Report of the Bombay Veterinary College
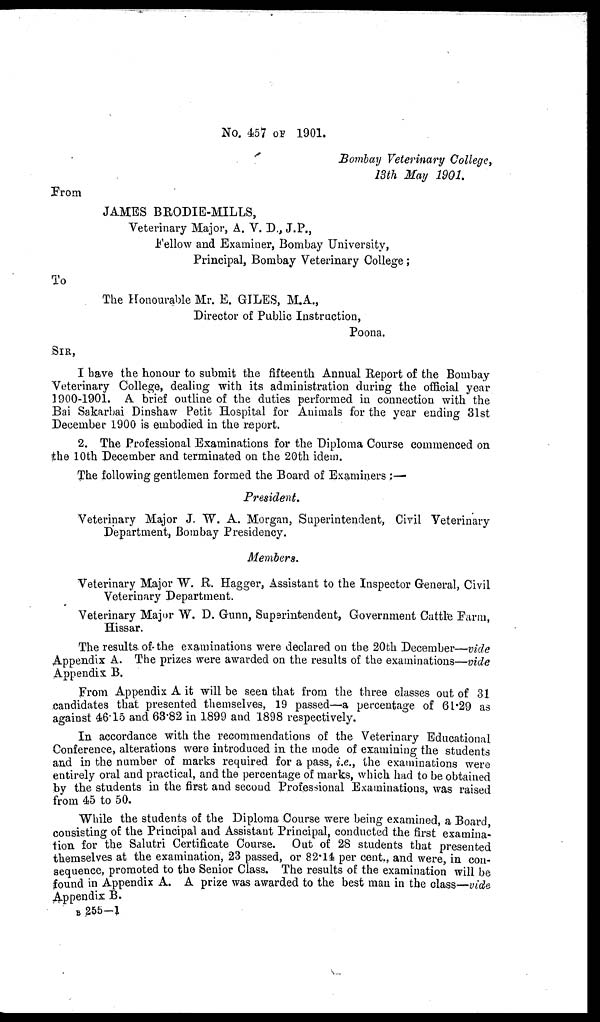
No. 457 OF 1901.
Bombay Veterinary College,
13th May 1901.
From
JAMES BRODIE-MILLS,
Veterinary Major, A. V. D., J.P.,
Fellow and Examiner, Bombay University,
Principal, Bombay Veterinary College;
To
The Honourable Mr. E. GILES, M.A.,
Director of Public Instruction,
Poona.
SIR,
I have the honour to submit the fifteenth Annual Report of the Bombay
Veterinary College, dealing with its administration during the official year
1900-1901. A brief outline of the duties performed in connection with the
Bai Sakarbai Dinshaw Petit Hospital for Animals for the year ending 31st
December 1900 is embodied in the report.
2. The Professional Examinations for the Diploma Course commenced on
the 10th December and terminated on the 20th idem.
The following gentlemen formed the Board of Examiners :—
President.
Veterinary Major J. W. A. Morgan, Superintendent, Civil Veterinary
Department, Bombay Presidency.
Members.
Veterinary Major W. R. Hagger, Assistant to the Inspector General, Civil
Veterinary Department.
Veterinary Major W. D. Gunn, Superintendent, Government Cattle Farm,
Hissar.
The results of the examinations were declared on the 20th December—vide
Appendix A. The prizes were awarded on the results of the examinations—vide
Appendix B.
From Appendix A it will be seen that from the three classes out of 31
candidates that presented themselves, 19 passed—a percentage of 61.29 as
against 46.15 and 63.82 in 1899 and 1898 respectively.
In accordance with the recommendations of the Veterinary Educational
Conference, alterations were introduced in the mode of examining the students
and in the number of marks required for a pass, i.e., the examinations were
entirely oral and practical, and the percentage of marks, which had to be obtained
by the students in the first and second Professional Examinations, was raised
from 45 to 50.
While the students of the Diploma Course were being examined, a Board,
consisting of the Principal and Assistant Principal, conducted the first examina-
tion for the Salutri Certificate Course. Out of 28 students that presented
themselves at the examination, 23 passed, or 82.14 per cent., and were, in con-
sequence, promoted to the Senior Class. The results of the examination will be
found in Appendix A. A prize was awarded to the best man in the class—vide
Appendix B.
B 255-1